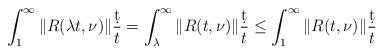
LaTeX: \begin{align*} \int_1^\infty \| R(\lambda t,\nu)\|\frac{\d t}{t} = \int_\lambda^\infty \| R( t,\nu)\|\frac{\d t}{t} \le \int_1^\infty \| R( t,\nu)\|\frac{\d t}{t}\end{align*}